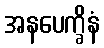
အနပေက္ခိနံ